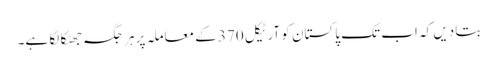
بتا دیں کہ اب تک پاکستان کو آرٹیکل 370 کے معاملہ پر ہر جگہ جھٹکا لگا ہے۔